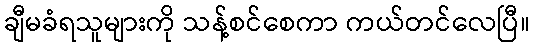
ချီမခံရသူများကို သန့်စင်စေကာ ကယ်တင်လေပြီ။